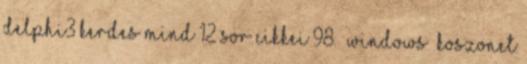
Delphi3 kerdes mind 12 sor cikkei 98. WINDOWS koszonet